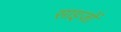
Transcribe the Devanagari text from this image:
साइजों